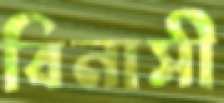
বিনাসী